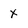
Character: x